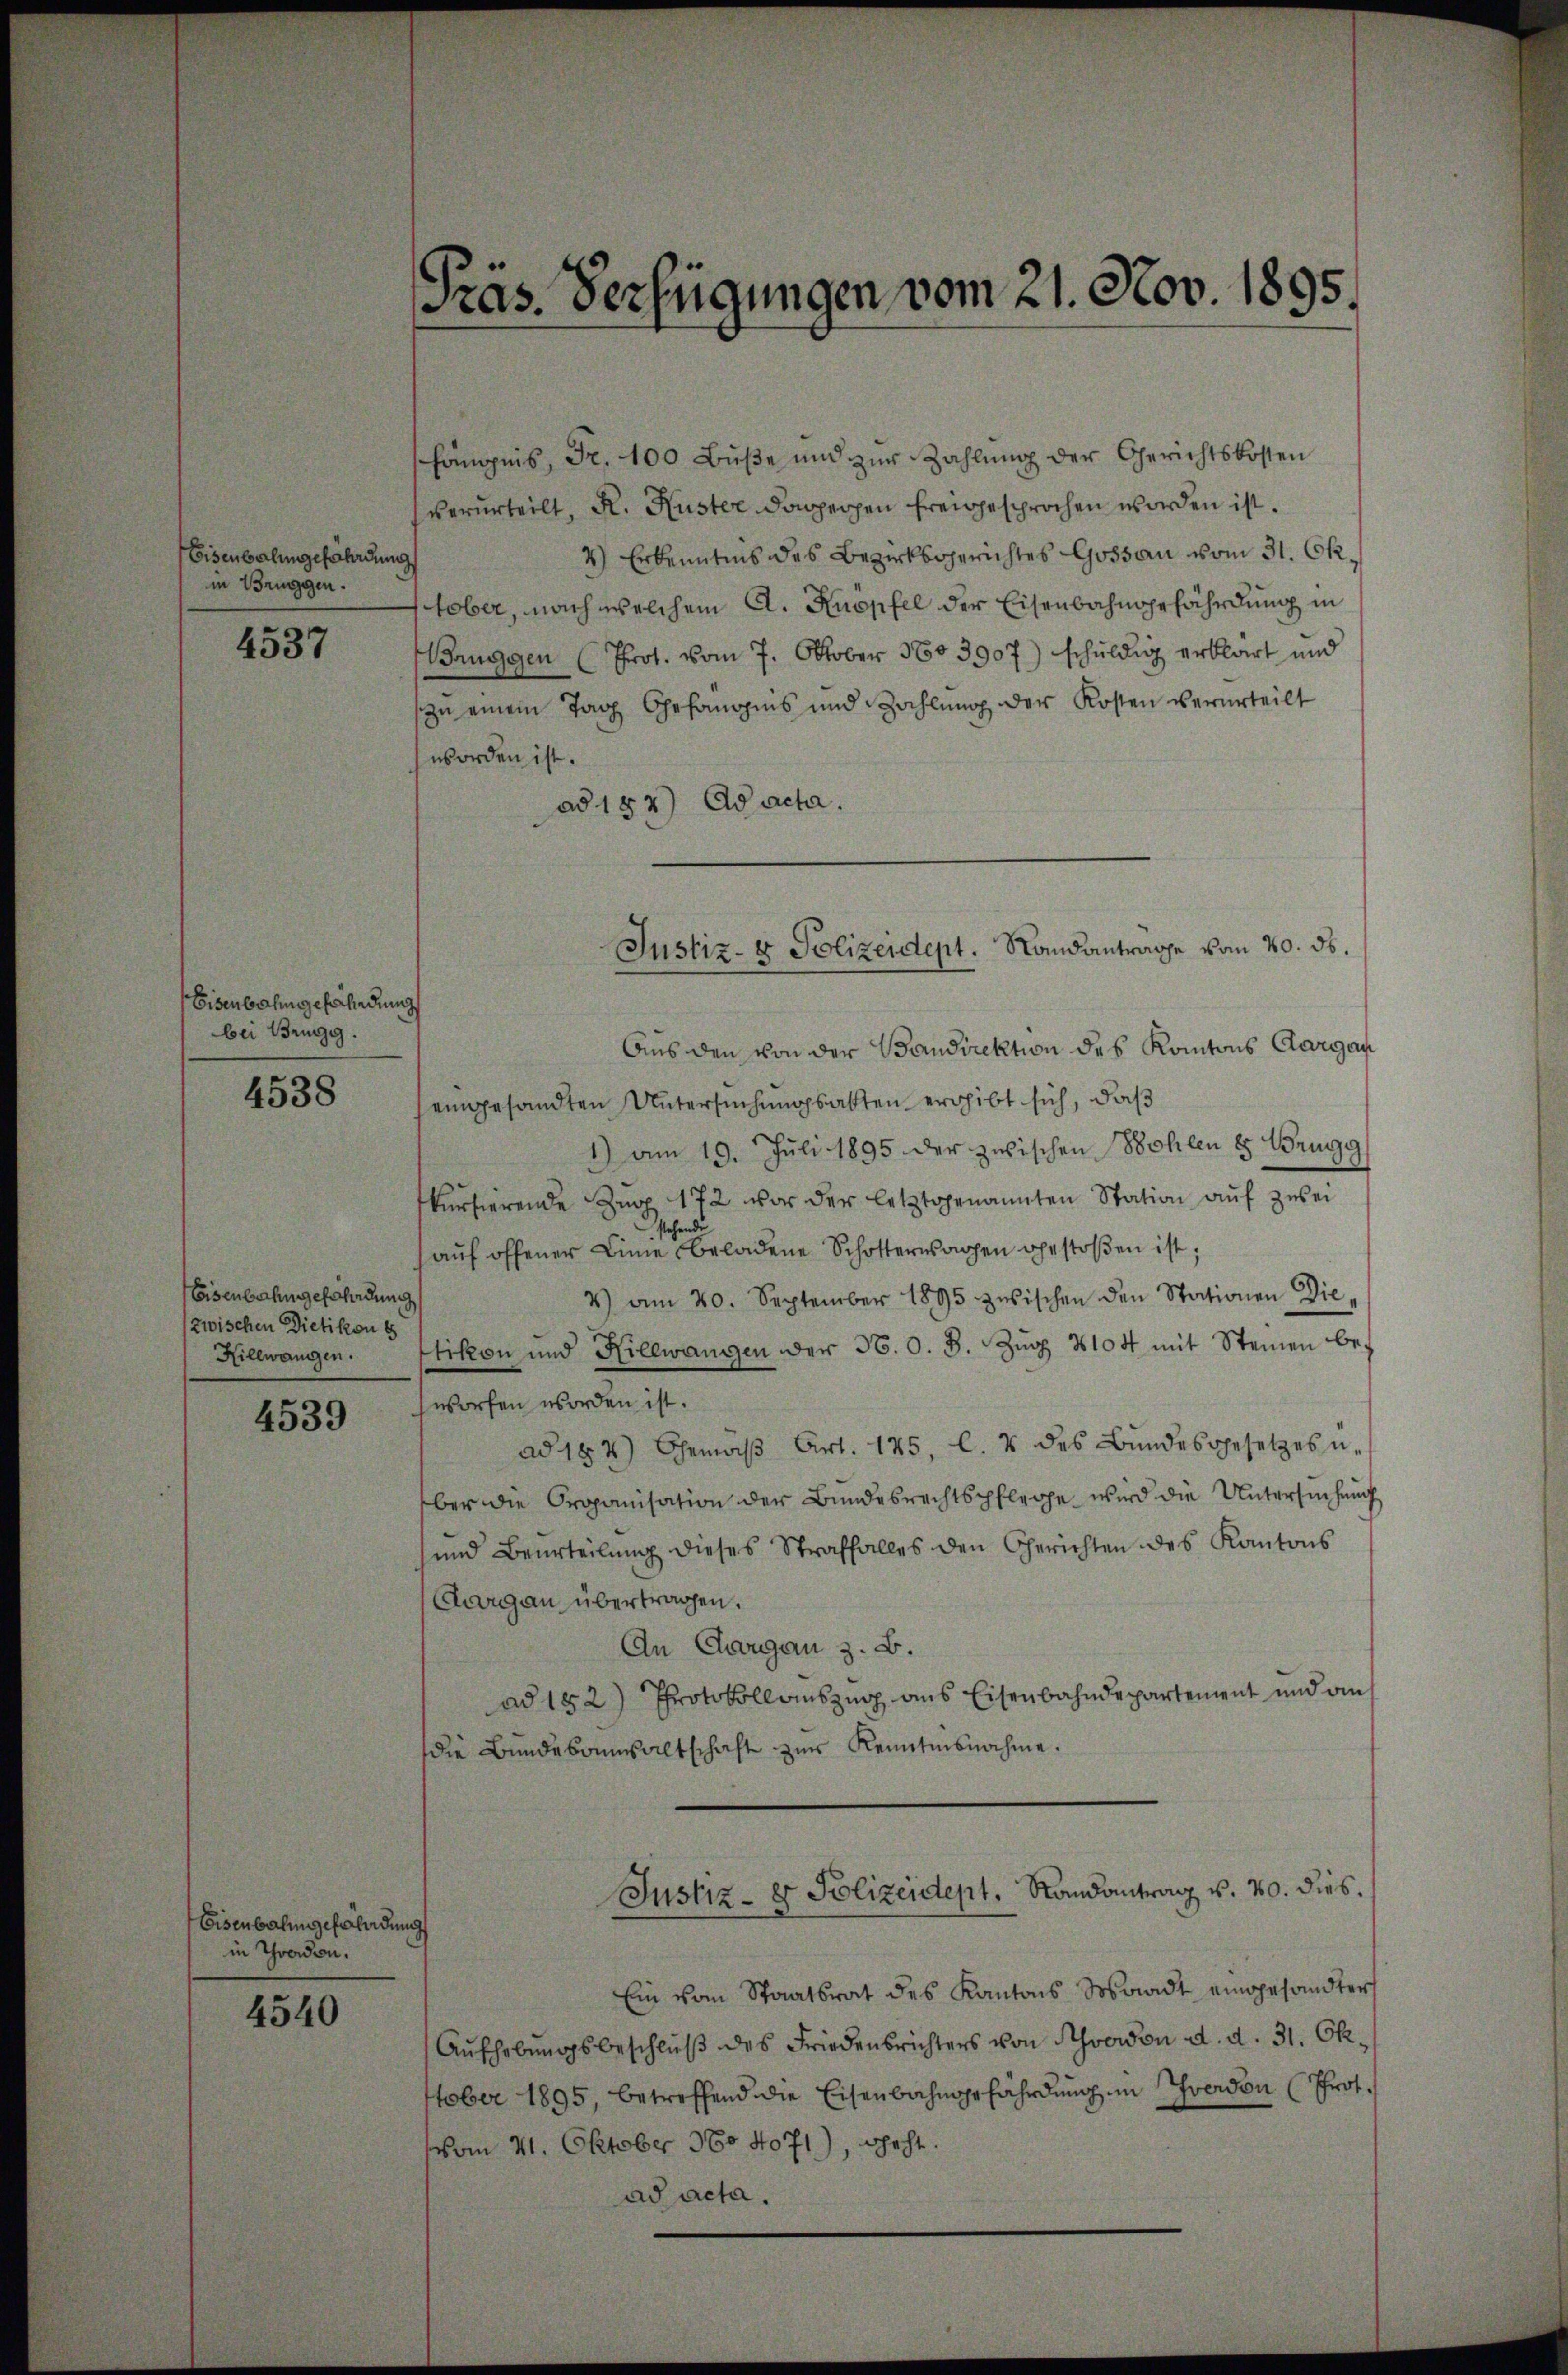
Eisenbarlingefährdung
in Bruggen.
4537

Eisenbahngefährdung
bei Brugg.

4538

Eisenbahngefährdung
zwischen Dietikon e
Hillwangen.

4539

Eisenbahngefährdung
in Thraden.

4540

Präs. Verfügungen vom 21. Nov. 1895.

hängnis, Fr. 100 Bŭβe und zŭr Zahlung der Gerichtskosten
verurteilt, R. Kuster dopperpen freigesprochen worden ist.
4) Erkenntnis des Bezirksgerichtes Gossau vom 31. Oktober, nach welchem A. Knöpfel der Eisenbahngefährdung in
Bruggen (Prot. vom 7. Oktober 1803907) schuldig erklärt und
zu einem Tag Gefängnis und Zahlung der Kosten verurteilt
worden ist.
ad 182) ad acta.
Aus den von der Bandirektion des Kantons Aargau
eingesandten Untersuchungsakten ergibt sich, daß
1) am 19. Juli 1895 der zwischen Bohlen 8 Wrugg
skursierende Zug 172 vor der letztgenannten Station aŭf zwei
stehend
aŭf offener Linie beladene Schotterwachen gestoβen ist;
4) am 20. September 1895 zwischen den Stationen Dietikon und Hillwangen der 36. O. B. Zŭg 2104 mit Steinen be-
worfen worden ist.
ad 184) Gemäβ Art. 145, l. 4 des Bŭndesgesetzes u.
ber die Organisation der Bundesrechtspflege wird die Untersuchung
sund Beurteilŭng dieses Straffalles den Gerichten des Kantons
Aargau übertragen.
An Aargau z. B.
ad 152) Protokollauszug aus Eisenbahndepartement und an
die Bundesausaltschaft zŭr Kenntnisnahme.
Justiz- & Polizendept. Randantrag v. 20. dies.
Ein vom Staatsrat des Kantons Sosaadt eingesandter
Aŭfhebungsbeschlŭβ des Friedensrichters von verdon d. d. 31. Okttober 1895 betreffend die Eisenbahngefährdung in Yverdon (Prot.
vom 21. Oktober 1604071), geht.
ad acta.

Justiz- & Polizeidept. Sandantrage vom 20. ds.